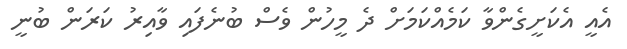
އެއީ އެކަށީގެންވާ ކަމެއްކަމަށް ދެ މީހުން ވެސް ބުނެފައި ވާއިރު ކަރަން ބުނީ